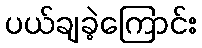
ပယ်ချခဲ့ကြောင်း